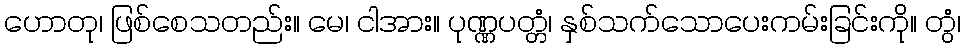
ဟောတု၊ ဖြစ်စေသတည်း။ မေ၊ ငါအား။ ပုဏ္ဏပတ္တံ၊ နှစ်သက်သောပေးကမ်းခြင်းကို။ တွံ၊